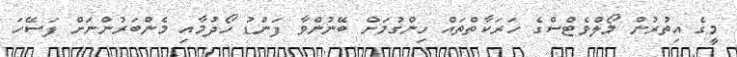
މީގެ އިތުރުން މޯލްވެޓްސްގެ ހަރަކާތްތައް ހިންގުމަށް ބޭނުންވާ ފަންޑު ހޯދުމާއި މެންބަރުންނަށް ފަސޭހަ